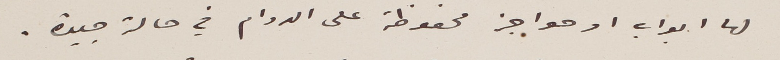
لها ابواب او حواجز محفوظة على الدوام في حالة جيدة.